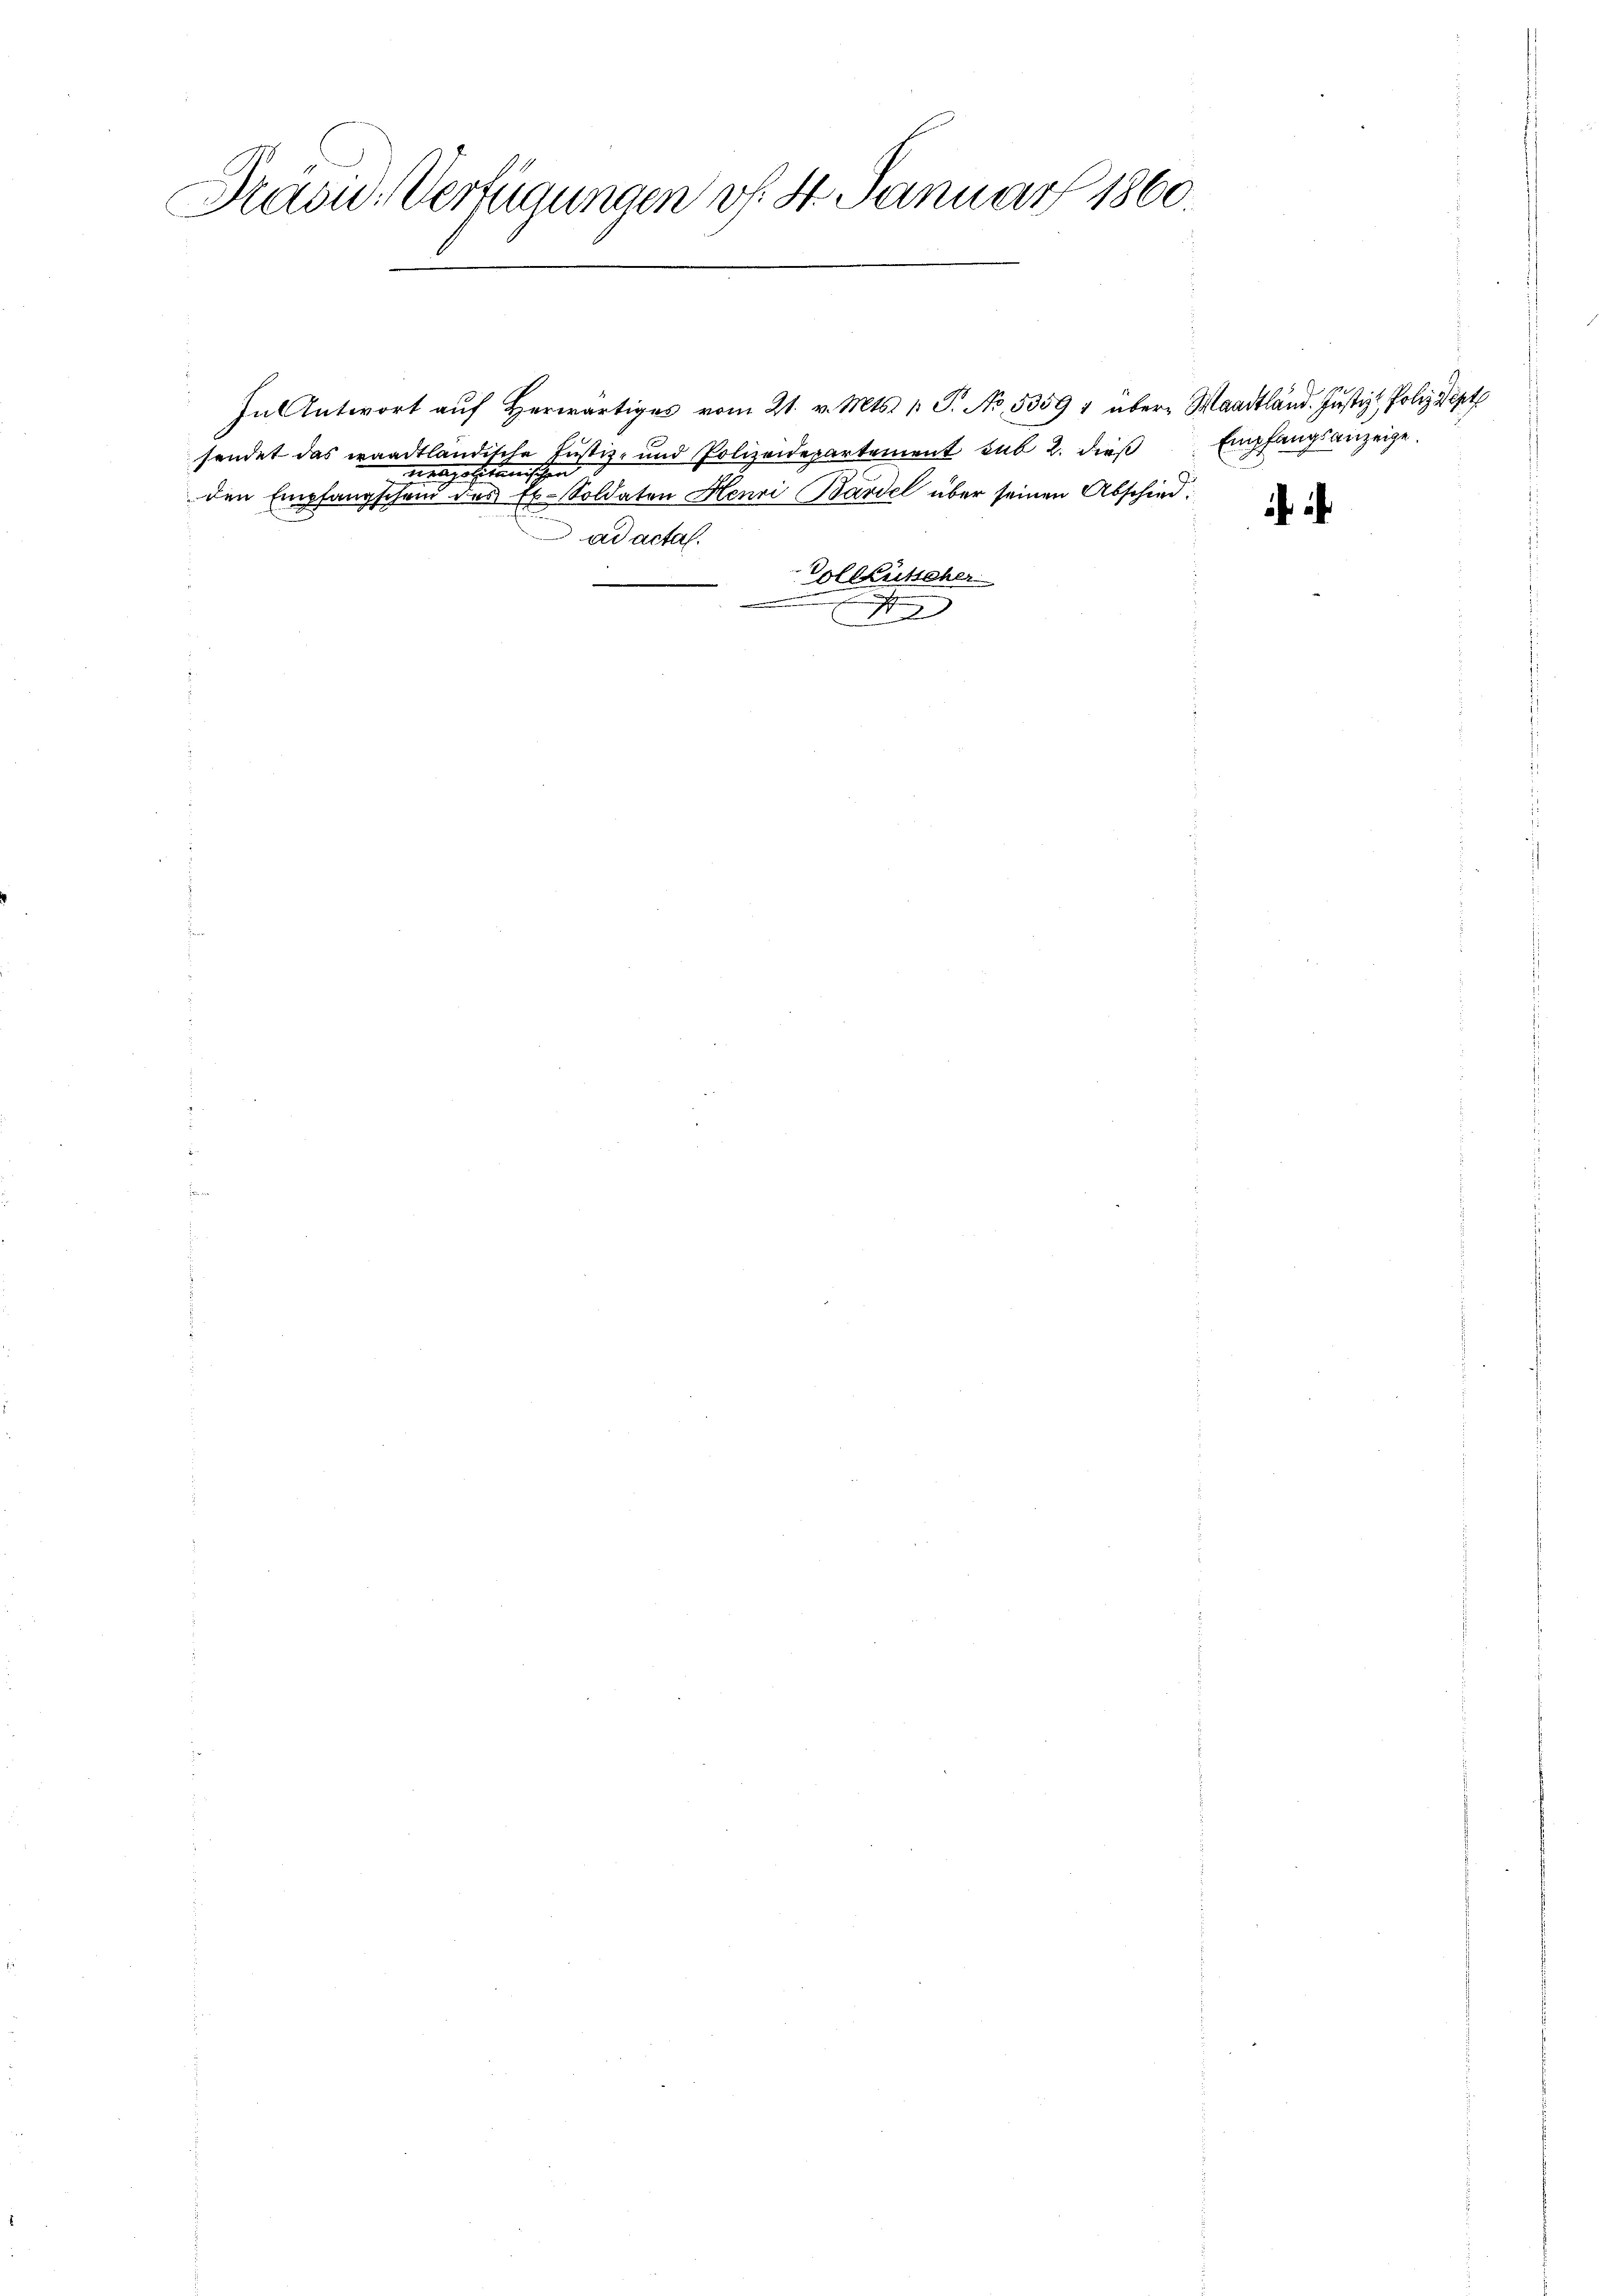
Präsid.- Verfügungen v. St. Januar 1860.

tropositanischen

sendet das waadtländische Justiz- und Polizeidepartement sub 2. dies Empfangsanzeige
den Empfangschein des Ex. Soldaten Henri Bardel über seinen Abschied
ad actal.
Vollkutscher

In Antwort auf herwärtiges vom 21. v. Mts. 1 P. No. 53594 über Waadtländ. Justiz, Polizeipt